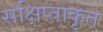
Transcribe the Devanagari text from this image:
संक्षिप्ताकृत